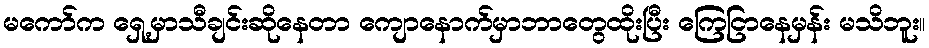
မကော်က ရှေ့မှာသီချင်းဆိုနေတာ ကျောနောက်မှာဘာတွေထိုးပြီး ကြေငြာနေမှန်း မသိဘူး။